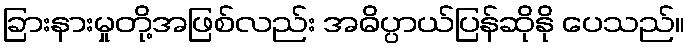
ခြားနားမှုတို့အဖြစ်လည်း အဓိပ္ပာယ်ပြန်ဆိုနို ပေသည်။